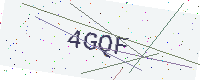
Text: 4GQF